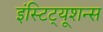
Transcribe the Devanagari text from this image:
इंस्टिट्यूशन्स